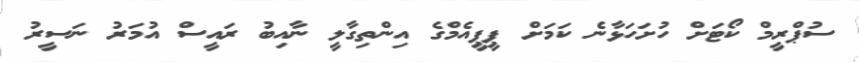
ސުޕްރީމް ކޯޓަށް ހުށަހަޅާނެ ކަމަށް ޕީޕީއެމްގެ އިންތިގާލީ ނާއިބު ރައީސް އުމަރު ނަސީރު